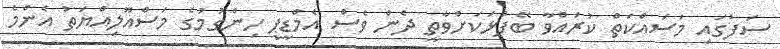
ސަފުގައި މަސައްކަތް ކުރައްވާ ބޭފުޅަކަށްވާތީ ދެން ވެސް އެމްޑީޕީ ހިންގުމުގެ މަސްއޫލިއްޔަތު އެންމެ